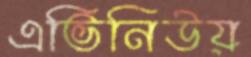
এভিনিউয়